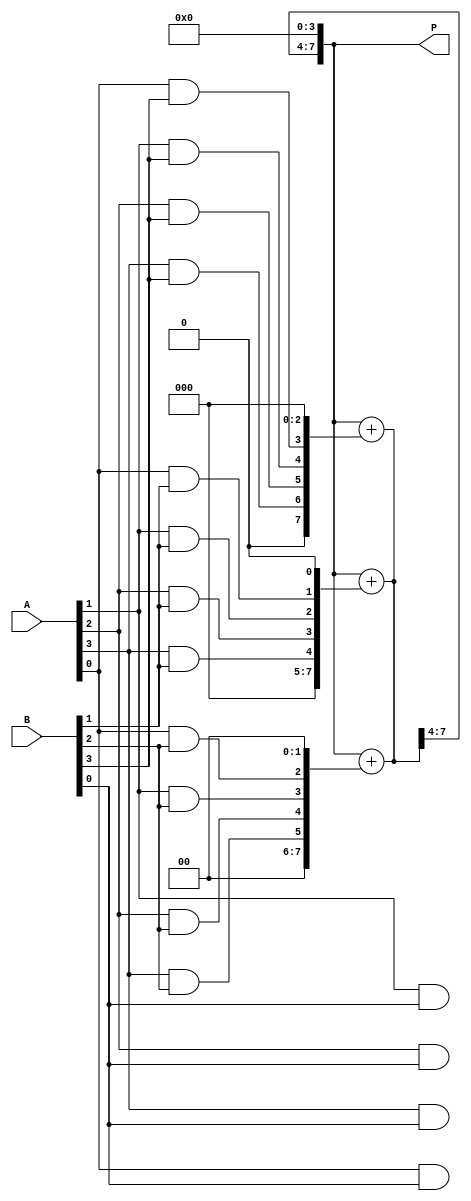
module array_multiplier #(parameter N = 4) (
    input  [N-1:0] A,
    input  [N-1:0] B,
    output [2*N-1:0] P
);
    
    // Partial products
    wire [N-1:0] pp[N-1:0]; // N partial products, each N bits wide
    wire [2*N-1:0] sum [N-1:0]; // Intermediate sums

    // Generate partial products using AND gates
    genvar i, j;
    generate
        for (i = 0; i < N; i = i + 1) begin : partial_product
            for (j = 0; j < N; j = j + 1) begin : and_gate
                assign pp[i][j] = A[j] & B[i]; // AND gate for partial product
            end
        end
    endgenerate

    // Align partial products
    assign sum[0] = {pp[0], {N{1'b0}}}; // First partial product (no shift)
    generate
        for (i = 1; i < N; i = i + 1) begin : align_partial_products
            assign sum[i] = {pp[i], {i{1'b0}}}; // Shifted by i bits
        end
    endgenerate

    // Add partial products
    wire [2*N-1:0] temp_sum;
    assign temp_sum = sum[0];

    // Reduce the partial products using a tree of adders
    generate
        for (i = 1; i < N; i = i + 1) begin : adder_tree
            assign temp_sum = temp_sum + sum[i];
        end
    endgenerate

    assign P = temp_sum;

endmodule